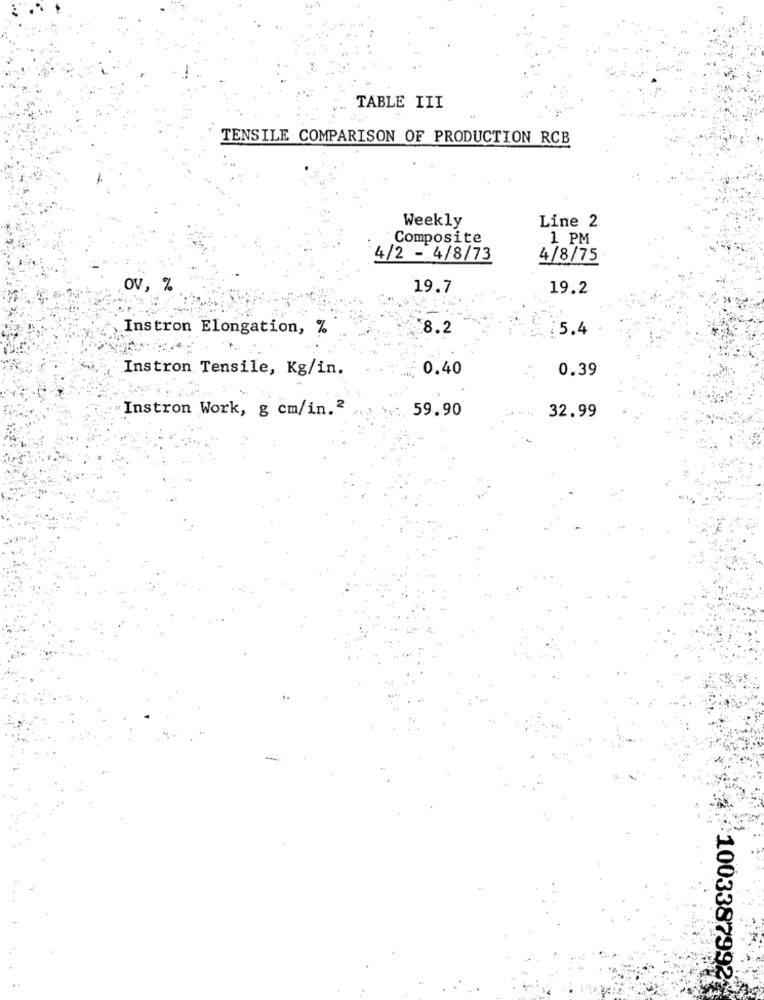
TABLE III
TENSILE COMPARISON OF PRODUCTION RCB
Weekly
Line 2.
Composite
1 PM
4/2 - 4/8/73
4/8/75
ov, %
19.7
19.2
Instron Elongation, %
8.2
5.4
Instron Tensile, Kg/in.
0.40
0.39
Instron Work, g cm/in.2
59.90
32.99
1003387992